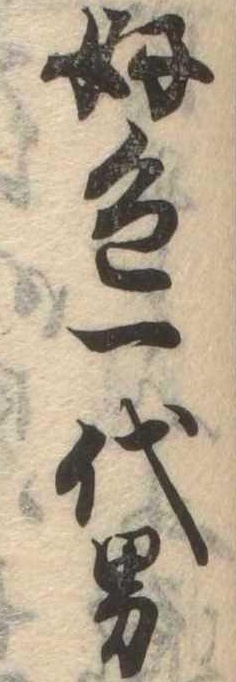
好色一代男